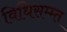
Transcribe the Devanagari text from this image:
विधिसम्म्त